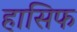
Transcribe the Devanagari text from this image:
हासिफ